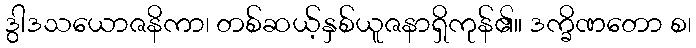
ဒွါဒသယောဇနိကာ၊ တစ်ဆယ့်နှစ်ယူဇနာရှိကုန်၏။ ဒက္ခိဏတော စ၊